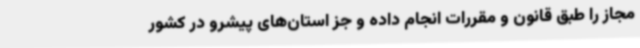
مجاز را طبق قانون و مقررات انجام داده و جز استان‌های پیشرو در کشور